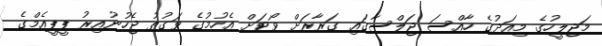
މަޖިލީހުގެ މިއަދުގެ ހާއްސަ ޖަލްސާގައި ގަރާރަށް ވޯޓަށް އެހުމުގެ ވަގުތު ޖެހުނުއިރު ޕީޕީއެމްގެ